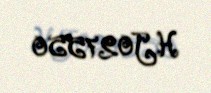
HJ027550